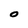
Character: O